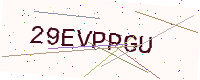
Text: 29EVPPGU